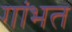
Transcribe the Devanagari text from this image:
गांभत